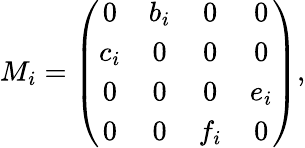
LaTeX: M_{i}=\left(\begin{array}{cccc}{{0}}&{{b_{i}}}&{{0}}&{{0}}\\ {{c_{i}}}&{{0}}&{{0}}&{{0}}\\ {{0}}&{{0}}&{{0}}&{{e_{i}}}\\ {{0}}&{{0}}&{{f_{i}}}&{{0}}\end{array}\right),